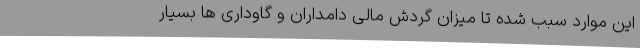
این موارد سبب شده تا میزان گردش مالی دامداران و گاوداری ها بسیار